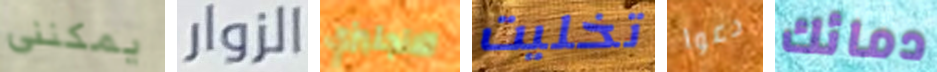
يمكنني الزوار الانجليزي تخليت دعوا دمائك